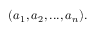
( a _ { 1 } , a _ { 2 } , . . . , a _ { n } ) .